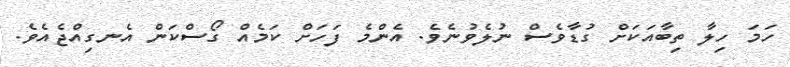
ހަމަ ހިލާ ތިބާއަކަށް ގުޑާވެސް ނުލެވުނެވެ. އެންމެ ފަހަށް ކަމެއް ގޯސްކަން އެނގިއްޖެއެވެ.